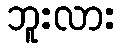
ဘူးလား